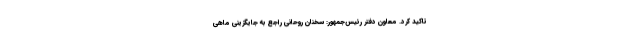
تاکید کرد. معاون دفتر رئیس‌جمهور: سخنان روحانی راجع به جایگزینی ماهی